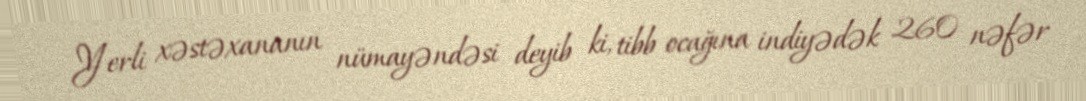
Yerli xəstəxananın nümayəndəsi deyib ki, tibb ocağına indiyədək 260 nəfər